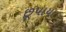
છૂપાયા